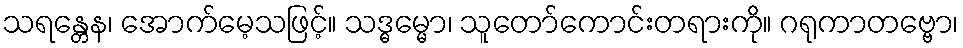
သရန္တေန၊ အောက်မေ့သဖြင့်။ သဒ္ဓမ္မော၊ သူတော်ကောင်းတရားကို။ ဂရုကာတဗ္ဗော၊